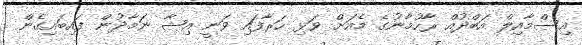
އިސްމާއިލް އަބްދުއް ރާހުމާނުގެ މެއަށް ވަޅި ހަރާފައި ވަނީ އިޝާ ނަމާދުން ފައިބައިގެން